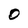
Character: 0